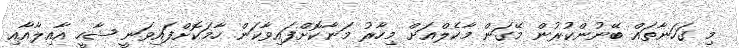
މި ގަހަނާތައް ބޭނުންކުރުން މޭގަން މާކެލްއަށް މިހާރު މަނާކޮށްފައިވާކަން ހާމަކޮށްފައިވަނީ ޝާހީ އާއިލާއާއި